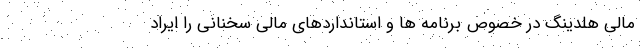
مالی هلدینگ در خصوص برنامه ها و استانداردهای مالی سخنانی را ایراد